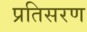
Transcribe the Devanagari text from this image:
प्रतिसरण